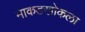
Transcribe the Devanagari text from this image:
माकडखोकला